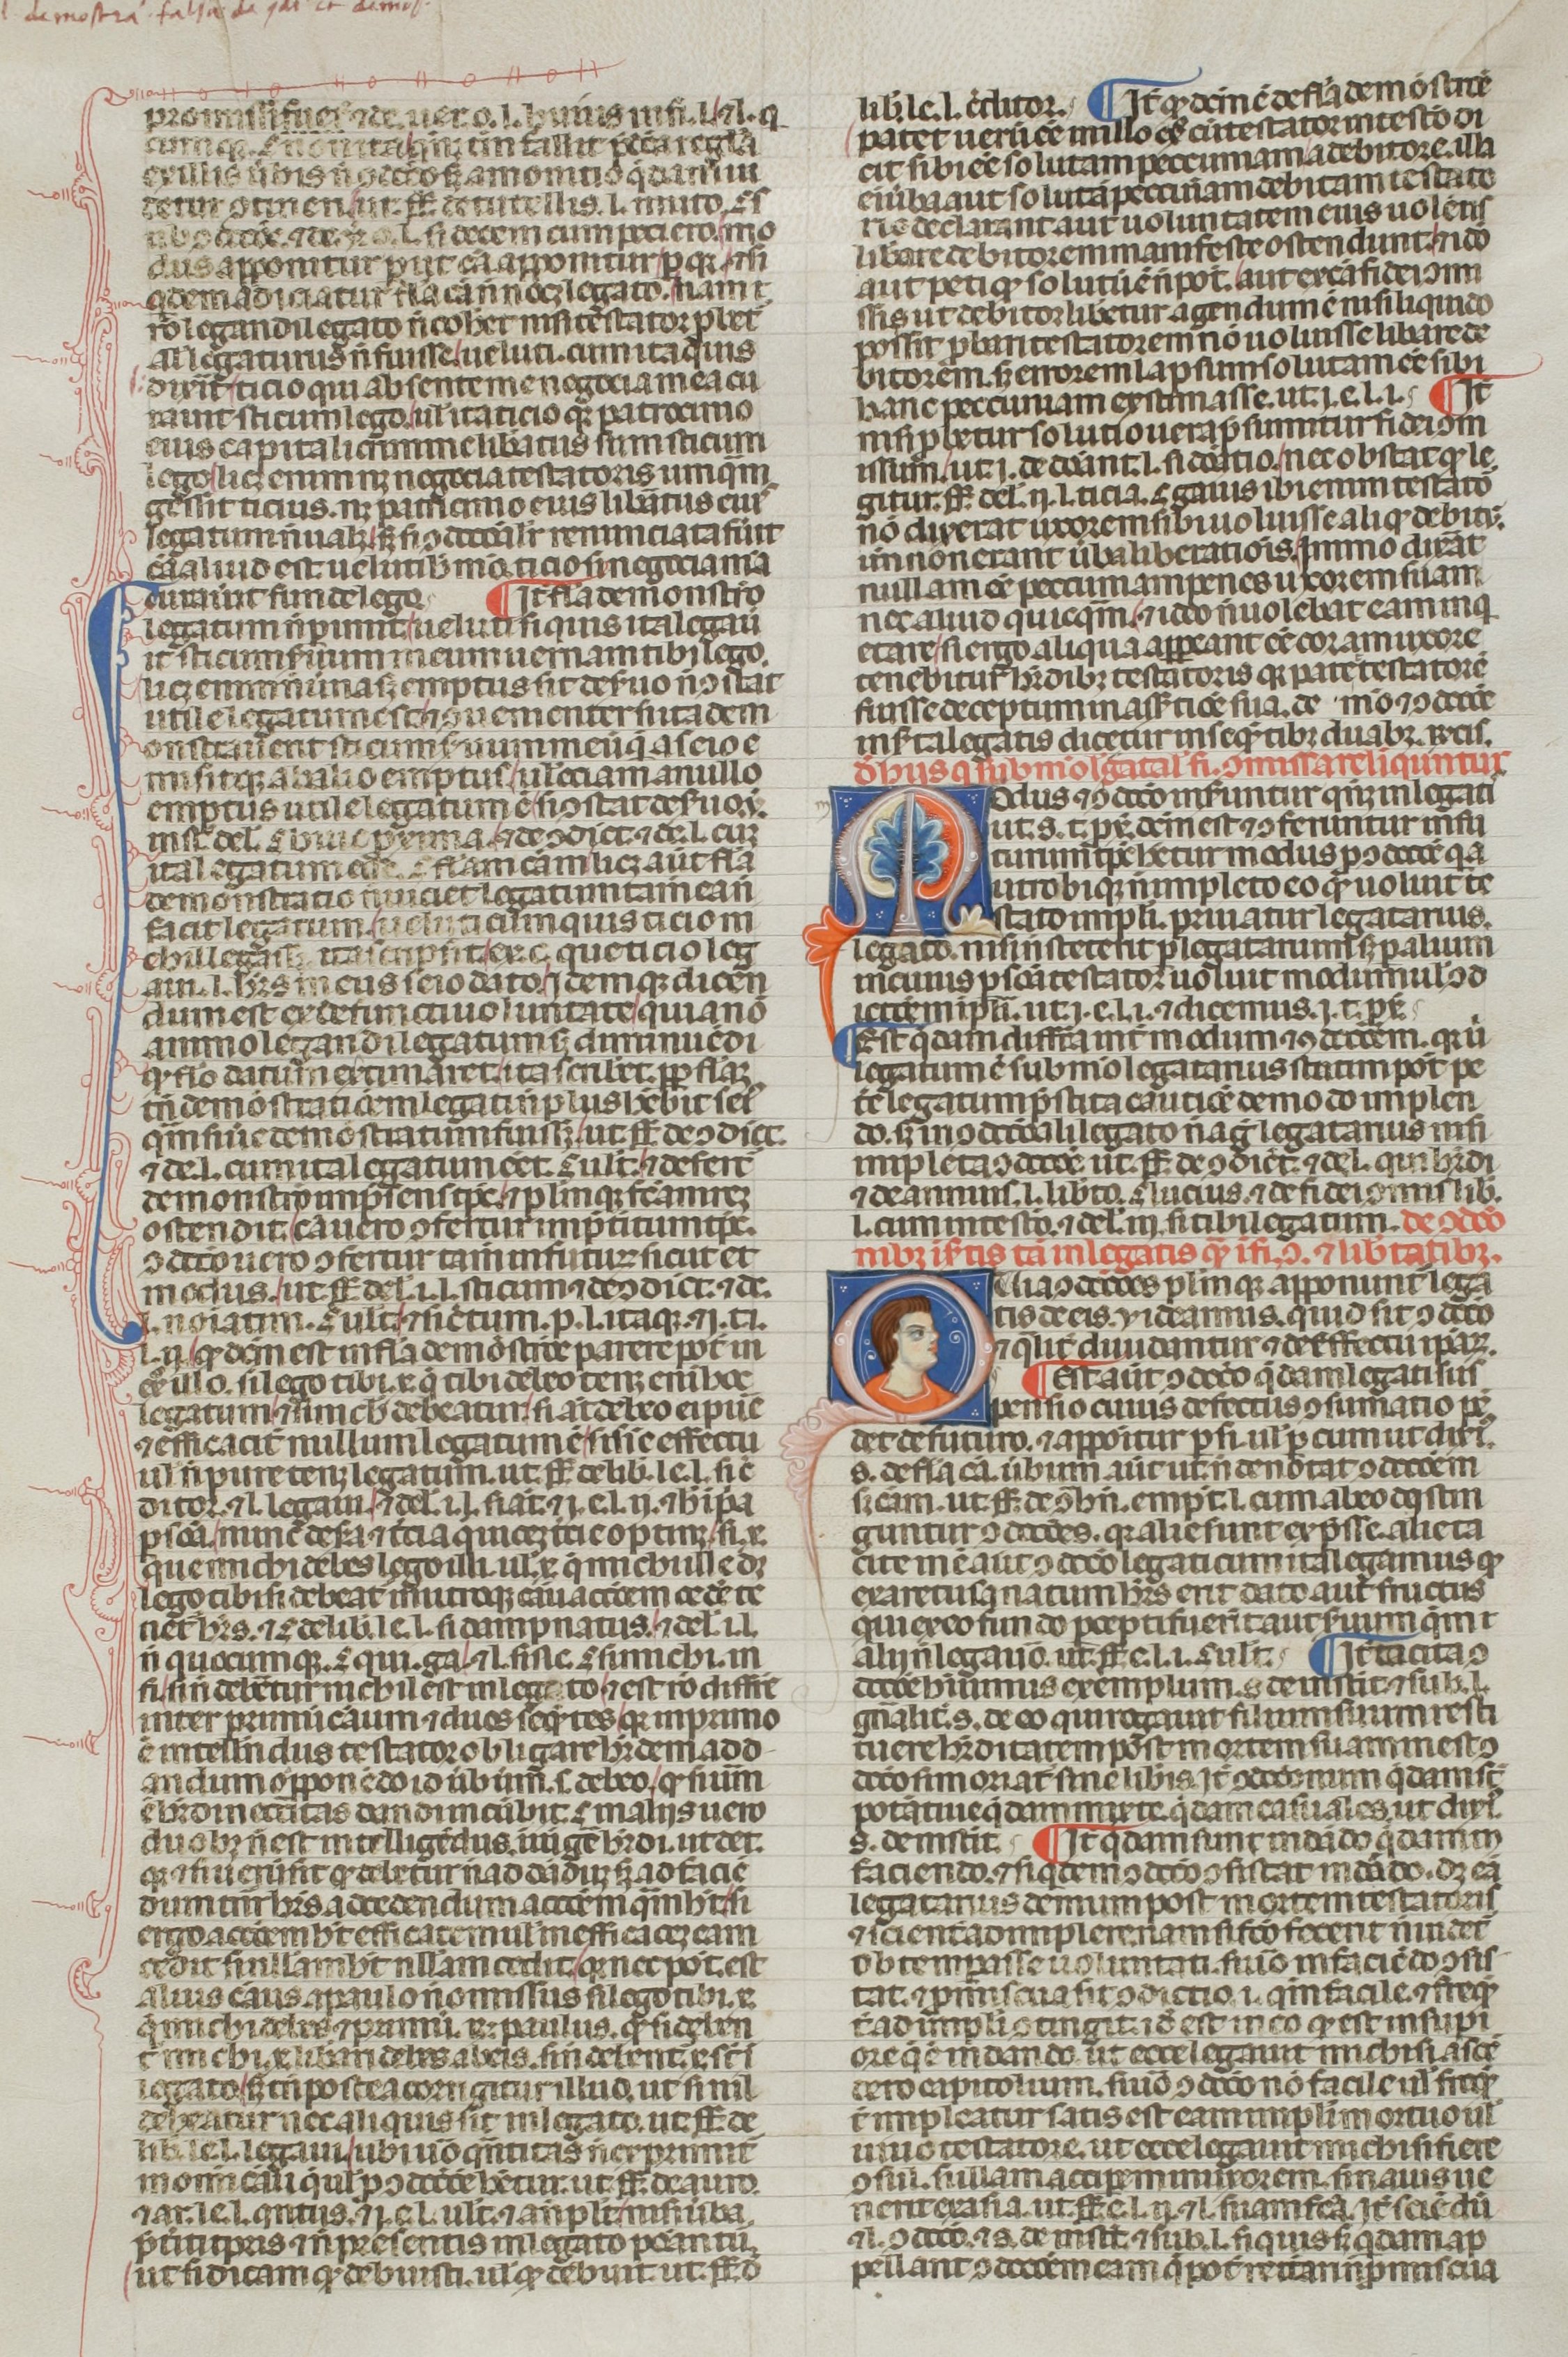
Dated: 1300–1399